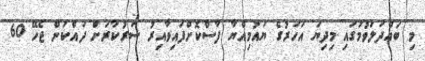
މި ބައްދަލުވުމުގައި މިދިޔަ އަހަރުގެ ޔައުމިއްޔާ ފާސްކޮށްފައިވާއިރު ސަރުކާރަށް ދައްކަން ޖެހޭ 60